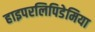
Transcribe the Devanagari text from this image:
हाइपरलिपिडेमिया